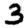
Digit: 3